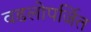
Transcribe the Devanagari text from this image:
वडलोपर्जित